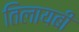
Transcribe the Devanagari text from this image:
तिलायबी